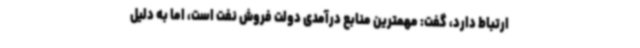
ارتباط دارد، گفت: مهمترین منابع درآمدی دولت فروش نفت است، اما به دلیل